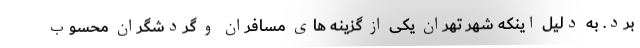
برد. به دلیل اینکه شهر تهران یکی از گزینه های مسافران و گردشگران محسوب